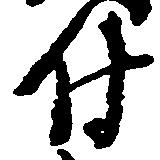
付